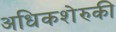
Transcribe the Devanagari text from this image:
अधिकशेरुकी